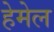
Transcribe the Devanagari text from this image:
हेमेल